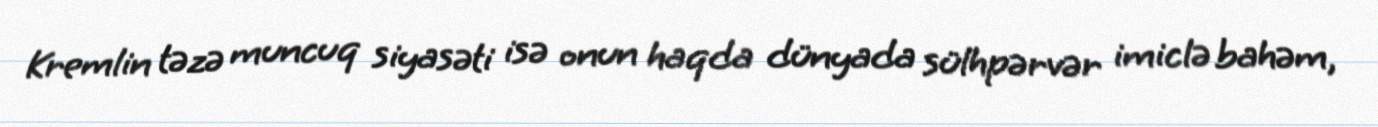
Kremlin təzə muncuq siyasəti isə onun haqda dünyada sülhpərvər imiclə bahəm,